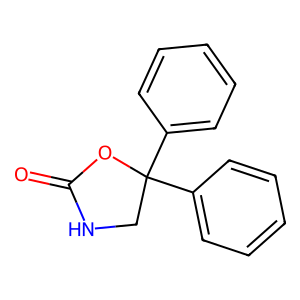
SMILES: O=C1NCC(c2ccccc2)(c2ccccc2)O1
Inhibits HIV replication: No